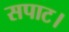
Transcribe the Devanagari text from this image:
सपाट।